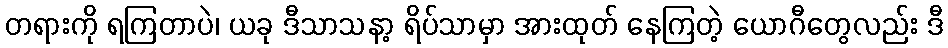
တရားကို ရကြတာပဲ၊ ယခု ဒီသာသနာ့ ရိပ်သာမှာ အားထုတ် နေကြတဲ့ ယောဂီတွေလည်း ဒီ